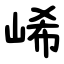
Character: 㟓